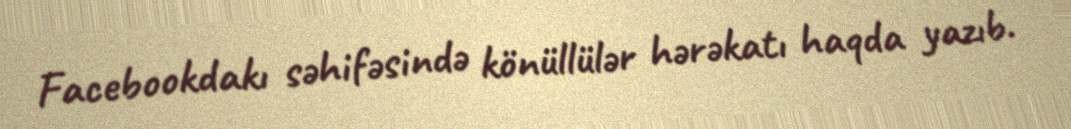
Facebookdakı səhifəsində könüllülər hərəkatı haqda yazıb.